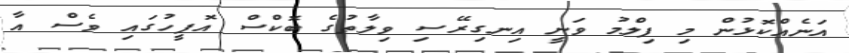
އަނެއްކޮޅުން މި ފިލްމު ވަނީ އިނގިރޭސި ވިލާތުގެ ބޮކްސް އޮފީހުގައި ވެސް އާ